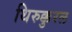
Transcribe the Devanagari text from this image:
थिरुक्कुरल